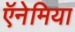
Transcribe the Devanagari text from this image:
ऍनेमिया